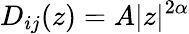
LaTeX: D_{ij}(z)=A|z|^{2\alpha}